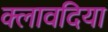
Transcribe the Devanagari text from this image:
क्लावदिया